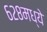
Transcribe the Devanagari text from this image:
६२८मध्ये